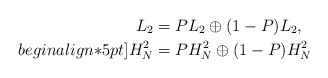
\begin{align*} L_2 &= PL_2 \oplus (1-P)L_2, \\begin{align*}5pt]H_N^2 &= PH_N^2 \oplus (1-P)H_N^2\end{align*}